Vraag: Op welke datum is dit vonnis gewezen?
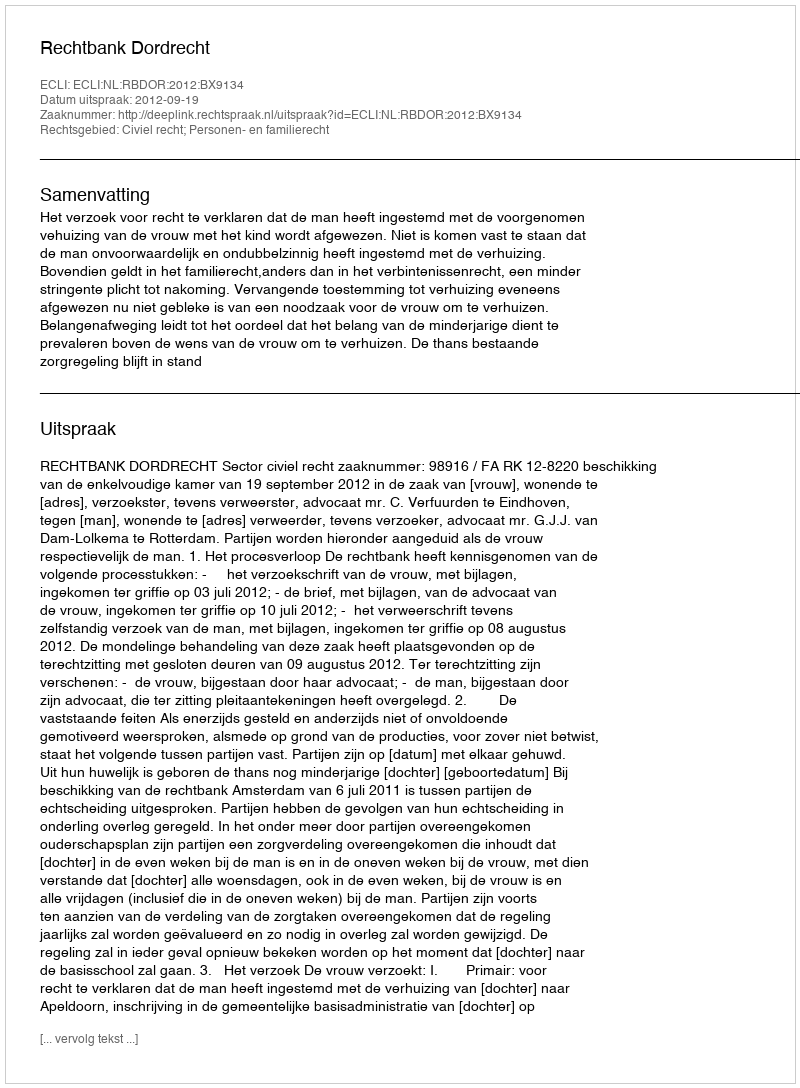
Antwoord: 2012-09-19